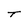
Character: T